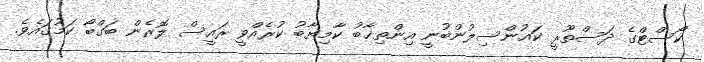
ކޯސްޓްގެ ދަސްތޫރީ ކައުންސިލުންބުނީ އިންތިޚާބު ކާމިޔާބު ކުރެއްވީ ރައީސް ލޮރެން ބަގްބޯ ކަމުގައެވެ.